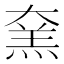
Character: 㚠